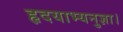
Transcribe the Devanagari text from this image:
हृदयाभ्यनुज्ञा।